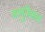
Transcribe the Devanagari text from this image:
बामुश्किल